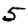
Digit: 5